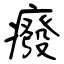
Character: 癈